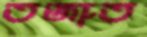
তর্জাত